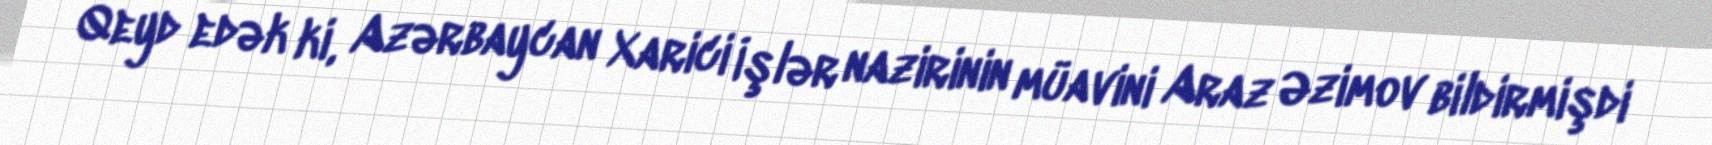
Qeyd edək ki, Azərbaycan Xarici İşlər nazirinin müavini Araz Əzimov bildirmişdi